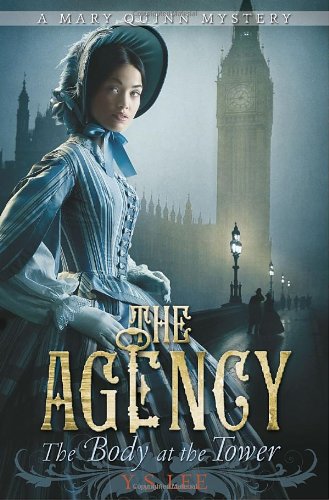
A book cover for The Agency 2: The Body at the Tower (The Agency Mysteries); Y.S. Lee; Teen & Young Adult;